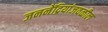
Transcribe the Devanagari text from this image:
जननेंद्रियांजवळील